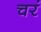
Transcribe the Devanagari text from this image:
चरं